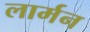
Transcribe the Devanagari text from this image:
लार्मन